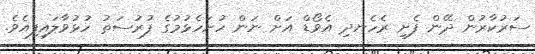
ސަރުކާރުން ދޭން ފެށި ރެހެނދި އެވޯޑް އަށް ނަން ހުށަހެޅުމުގެ ފުރުސަތު ހުޅުވާލައިފިއެވެ.